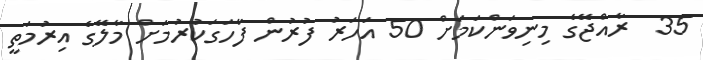
35  ރާއްޖޭގެ މިނިވަންކަމަށް 50 އަހަރު ފުރުން ފާހަގަކުރުމަށް މާލޭގެ އިރުމަތީ